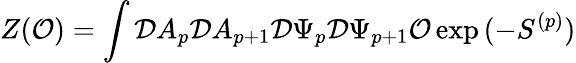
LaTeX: Z({\cal O})=\int{\cal D}A_{p}{\cal D}A_{p+1}{\cal D}\Psi_{p}{\cal D}\Psi_{p+1}{\cal O}\exp{(-S^{(p)})}